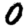
Digit: 0